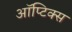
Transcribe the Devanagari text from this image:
ऑप्टिक्‍स